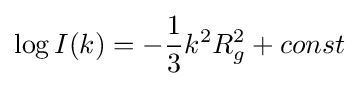
\log I(k)=-{\frac {1}{3}}k^{2}R_{g}^{2}+const